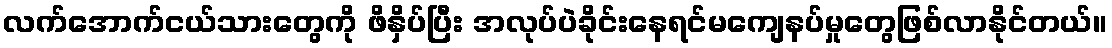
လက်အောက်ငယ်သားတွေကို ဖိနှိပ်ပြီး အလုပ်ပဲခိုင်းနေရင်မကျေနပ်မှုတွေဖြစ်လာနိုင်တယ်။